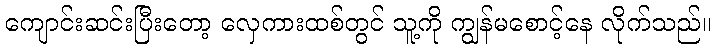
ကျောင်းဆင်းပြီးတော့ လှေကားထစ်တွင် သူ့ကို ကျွန်မစောင့်နေ လိုက်သည်။